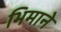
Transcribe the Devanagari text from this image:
भिमाने